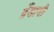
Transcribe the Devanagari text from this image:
ब्रँडाची